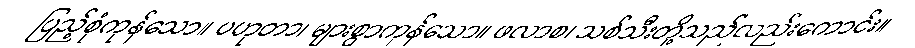
ပြည့်စုံကုန်သော။ ပဟုတာ၊ များစွာကုန်သော။ ဖလာစ၊ သစ်သီးတို့သည်လည်းကောင်း။